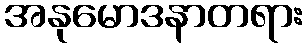
အနုမောဒနာတရား